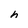
Character: h